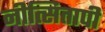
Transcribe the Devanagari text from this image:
नीत्सितापी